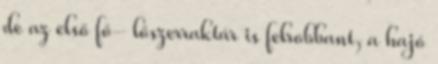
de az első fő- lőszerraktár is felrobbant, a hajó